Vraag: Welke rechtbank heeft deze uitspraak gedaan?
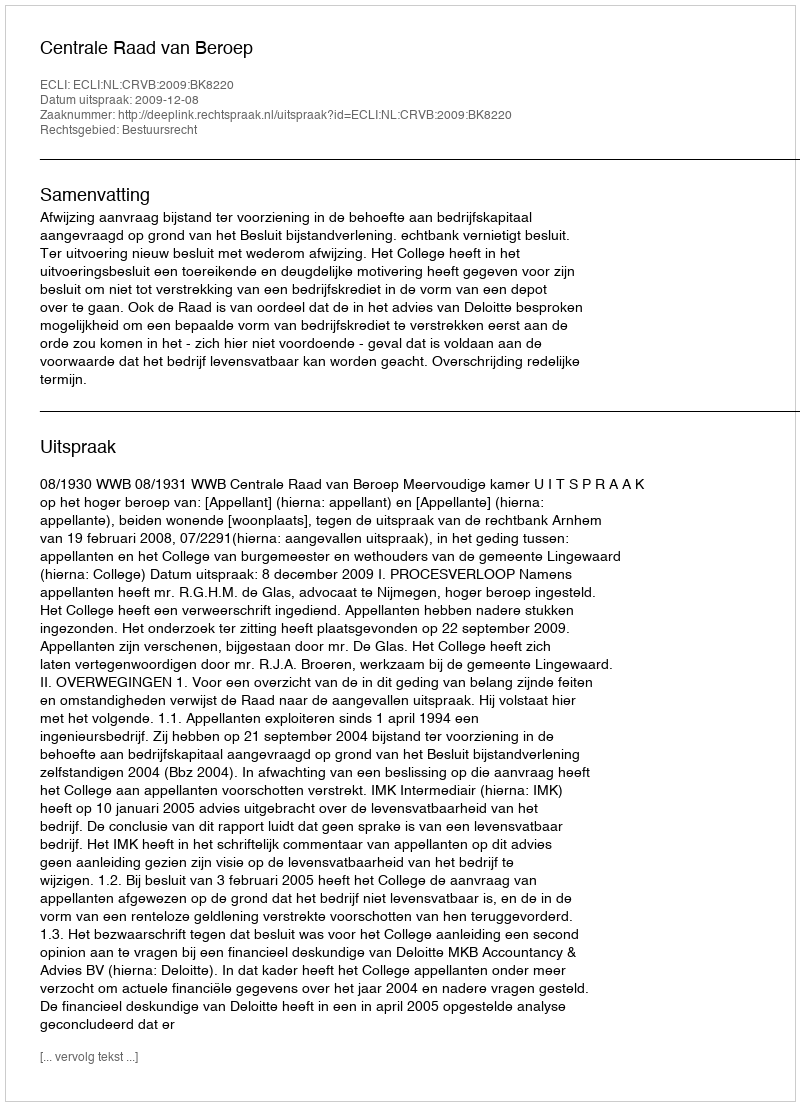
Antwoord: Centrale Raad van Beroep